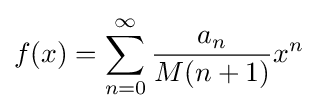
f(x)=\sum _{n=0}^{\infty }{\frac {a_{n}}{M(n+1)}}x^{n}